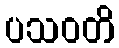
ပသဝတိ